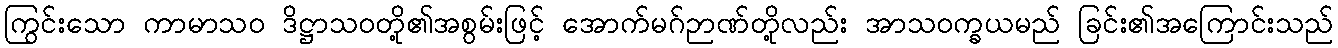
ကြွင်းသော ကာမာသဝ ဒိဋ္ဌာသဝတို့၏အစွမ်းဖြင့် အောက်မဂ်ဉာဏ်တို့လည်း အာသဝက္ခယမည် ခြင်း၏အကြောင်းသည်